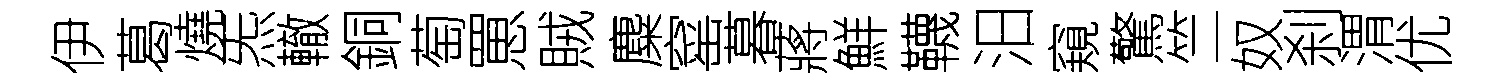
伊葛燒炁轍銅萄罳賊麋窰暮蔣鮮韈汨窺驚竺奴刹渭优